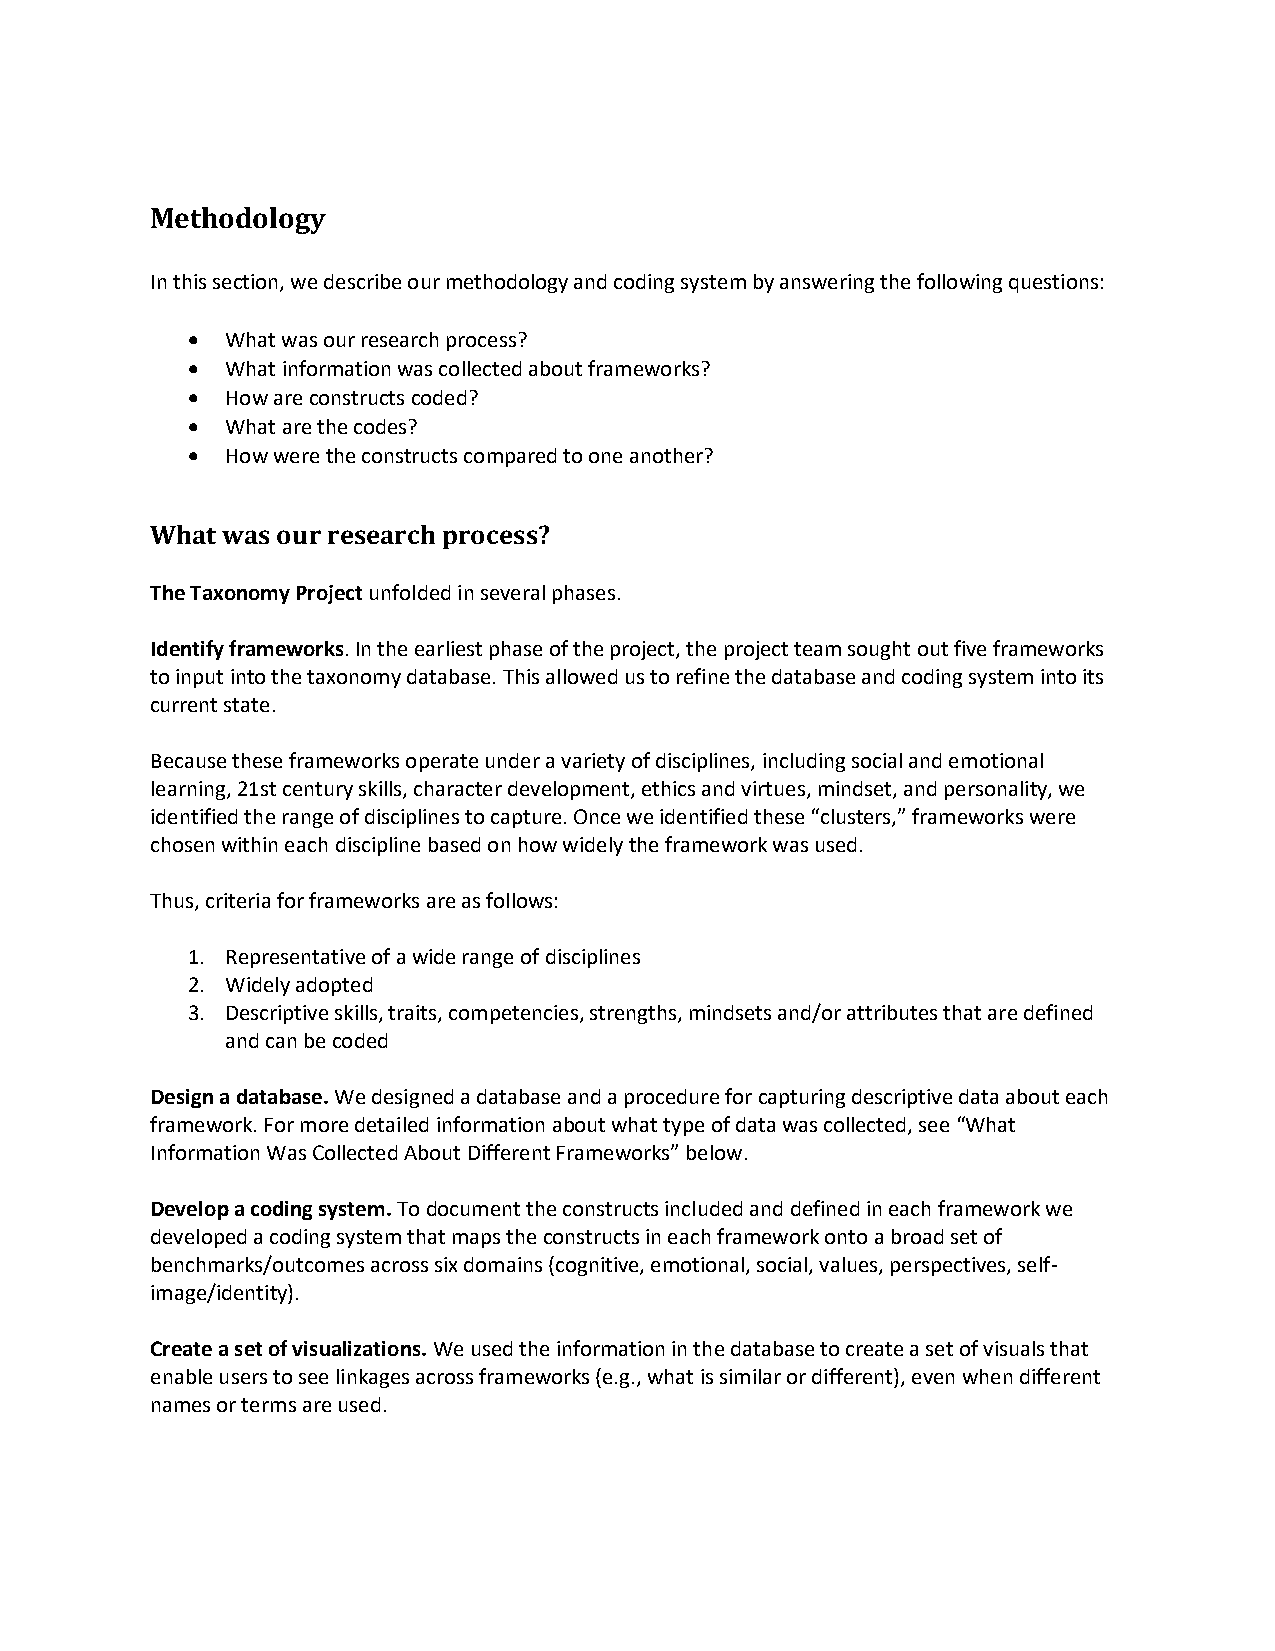
Methodology
 In this section, we describe our methodology and coding system by answering the following questions:
 •  What was our research process?
 •  What information was collected about frameworks?
 •  How are constructs coded?
 •  What are the codes?
 •  How were the constructs compared to one another?
 What was our research process?
 The Taxonomy Project unfolded in several phases.
 Identify frameworks. In the earliest phase of the project, the project team sought out five frameworks
 to input into the taxonomy database. This allowed us to refine the database and coding system into its
 current state.
 Because these frameworks operate under a variety of disciplines, including social and emotional
 learning, 21st century skills, character development, ethics and virtues, mindset, and personality, we
 identified the range of disciplines to capture. Once we identified these “clusters,” frameworks were
 chosen within each discipline based on how widely the framework was used.
 Thus, criteria for frameworks are as follows:
 1. Representative of a wide range of disciplines
 2. Widely adopted
 3. Descriptive skills, traits, competencies, strengths, mindsets and/or attributes that are defined
 and can be coded
 Design a database. We designed a database and a procedure for capturing descriptive data about each
 framework. For more detailed information about what type of data was collected, see “What
 Information Was Collected About Different Frameworks” below.
 Develop a coding system. To document the constructs included and defined in each framework we
 developed a coding system that maps the constructs in each framework onto a broad set of
 benchmarks/outcomes across six domains (cognitive, emotional, social, values, perspectives, self-
 image/identity).
 Create a set of visualizations. We used the information in the database to create a set of visuals that
 enable users to see linkages across frameworks (e.g., what is similar or different), even when different
 names or terms are used.